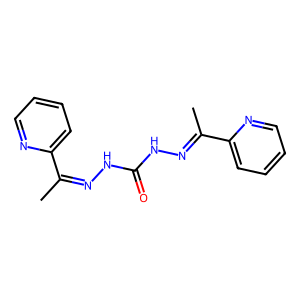
SMILES: CC(=NNC(=O)NN=C(C)c1ccccn1)c1ccccn1
Inhibits HIV replication: No